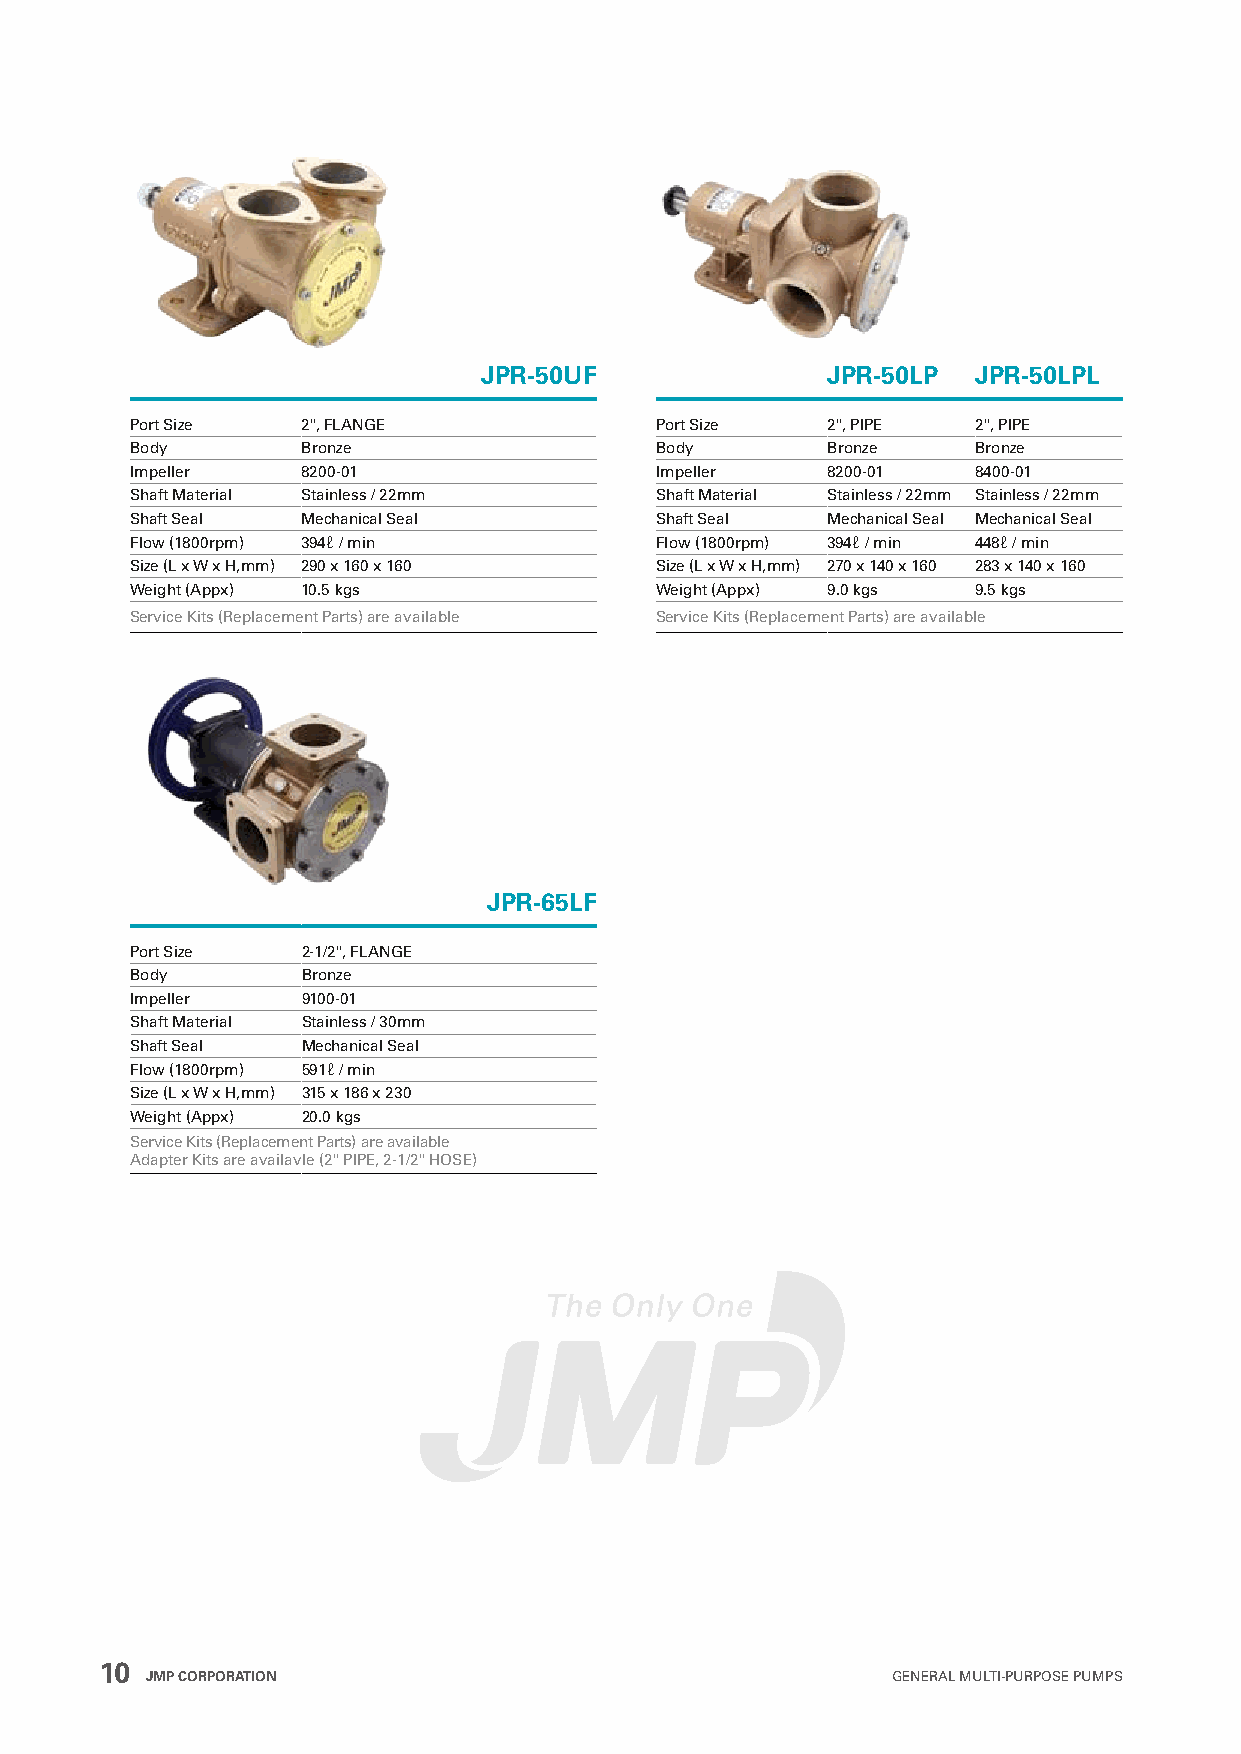
JPR-50UF               JPR-50LP  JPR-50LPL
 Port Size  2", FLANGE             Port Size   2", PIPE  2", PIPE
 Body       Bronze                 Body        Bronze    Bronze
 Impeller   8200-01                Impeller    8200-01   8400-01
 Shaft Material Stainless / 22mm   Shaft Material Stainless / 22mm Stainless / 22mm
 Shaft Seal Mechanical Seal        Shaft Seal  Mechanical Seal Mechanical Seal
 Flow (1800rpm) 394ℓ / min         Flow (1800rpm) 394ℓ / min 448ℓ / min
 Size (L x W x H,mm) 290 x 160 x 160 Size (L x W x H,mm) 270 x 140 x 160 283 x 140 x 160
 Weight (Appx) 10.5 kgs            Weight (Appx) 9.0 kgs 9.5 kgs
 Service Kits (Replacement Parts) are available Service Kits (Replacement Parts) are available
 JPR-65LF
 Port Size  2-1/2", FLANGE
 Body       Bronze
 Impeller   9100-01
 Shaft Material Stainless / 30mm
 Shaft Seal Mechanical Seal
 Flow (1800rpm) 591ℓ / min
 Size (L x W x H,mm) 315 x 186 x 230
 Weight (Appx) 20.0 kgs
 Service Kits (Replacement Parts) are available
 Adapter Kits are availavle (2" PIPE, 2-1/2" HOSE)
 10
 JMP CORPORATION                                  GENERAL MULTI-PURPOSE PUMPS